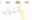
تتزايد